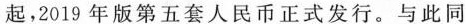
起，2019年版第五套人民币正式发行。与此同